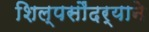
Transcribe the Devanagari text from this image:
शिल्पसौंदर्याने